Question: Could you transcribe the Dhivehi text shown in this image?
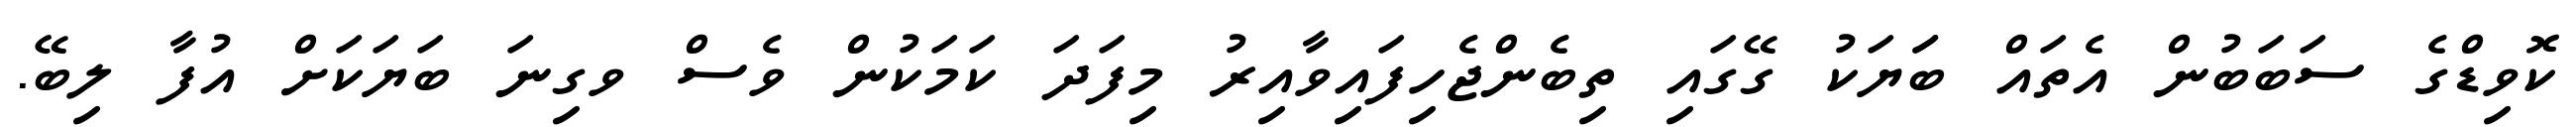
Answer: ކޮވިޑްގެ ސަބަބުން އެތައް ބަަޔަކު ގޭގައި ތިބެންޖެހިފައިވާއިރު މިފަދަ ކަމަކުން ވެސް ވގިނަ ބަޔަކަށް އުފާ ލިބޭ.